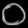
Digit: ၀